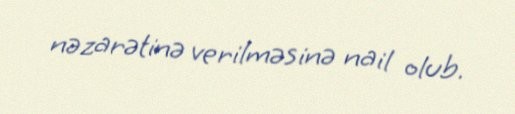
nəzarətinə verilməsinə nail olub.